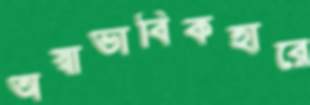
অস্বাভাবিকহারে